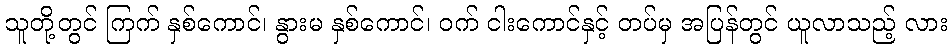
သူတို့တွင် ကြက် နှစ်ကောင်၊ နွားမ နှစ်ကောင်၊ ဝက် ငါးကောင်နှင့် တပ်မှ အပြန်တွင် ယူလာသည့် လား